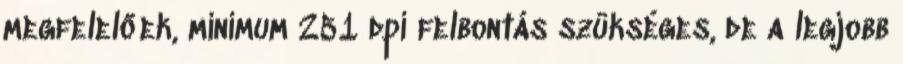
megfelelőek, minimum 251 dpi felbontás szükséges, de a legjobb